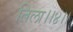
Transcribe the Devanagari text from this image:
तिला।।४।।